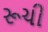
રૂચી